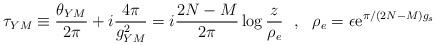
LaTeX: \begin{align*}\tau_{YM} \equiv \frac{\theta_{YM}}{2 \pi} + i \frac{4\pi}{g_{YM}^{2}} = i \frac{2N-M}{2 \pi} \log \frac{z}{ \rho_{e}}~~,~~\rho_e = \epsilon {\rm e}^{\pi/(2N-M)g_s}\end{align*}